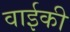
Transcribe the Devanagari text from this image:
वाईकी